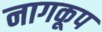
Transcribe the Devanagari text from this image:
नागकूप